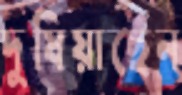
দুষিয়াছেন